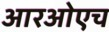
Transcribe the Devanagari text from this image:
आरओएच